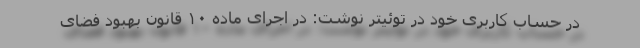
در حساب کاربری خود در توئیتر نوشت: در اجرای ماده ١٠ قانون بهبود فضای